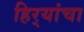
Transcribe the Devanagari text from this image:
हिर्‍यांचा